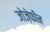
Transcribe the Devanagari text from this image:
जोज़ेफीन